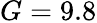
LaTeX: G=9.8